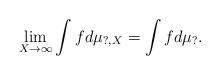
LaTeX: \begin{align*}\lim_{X\rightarrow\infty}\int fd\mu_{?,X}=\int fd\mu_?.\end{align*}